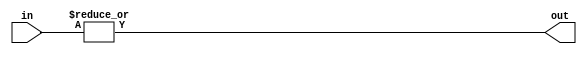
module overflow (in, out);

  parameter DW = 8;
  parameter RW = 3 * DW;

  input [RW-DW-1:0] in;
  output out;

  assign out = |(in);

endmodule // overflow